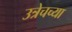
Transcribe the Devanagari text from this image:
उत्रेचच्या